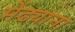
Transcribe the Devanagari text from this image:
मेंढ्याना